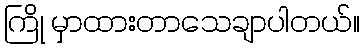
ကြို မှာထားတာသေချာပါတယ်။